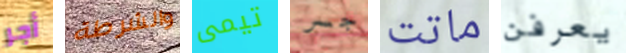
أجر والشرطة تيمى جسر ماتت يعرفن